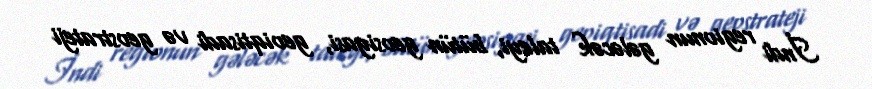
İndi regionun gələcək taleyi, bütün geosiyasi, geoiqtisadi və geostrateji